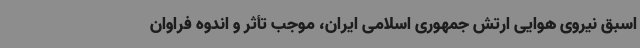
اسبق نیروی هوایی ارتش جمهوری اسلامی ایران، موجب تأثر و اندوه فراوان